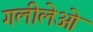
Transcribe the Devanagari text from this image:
गलीलेओ